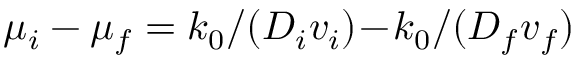
\mu _ { i } - \mu _ { f } = k _ { 0 } / ( D _ { i } v _ { i } ) \! - \! k _ { 0 } / ( D _ { f } v _ { f } )